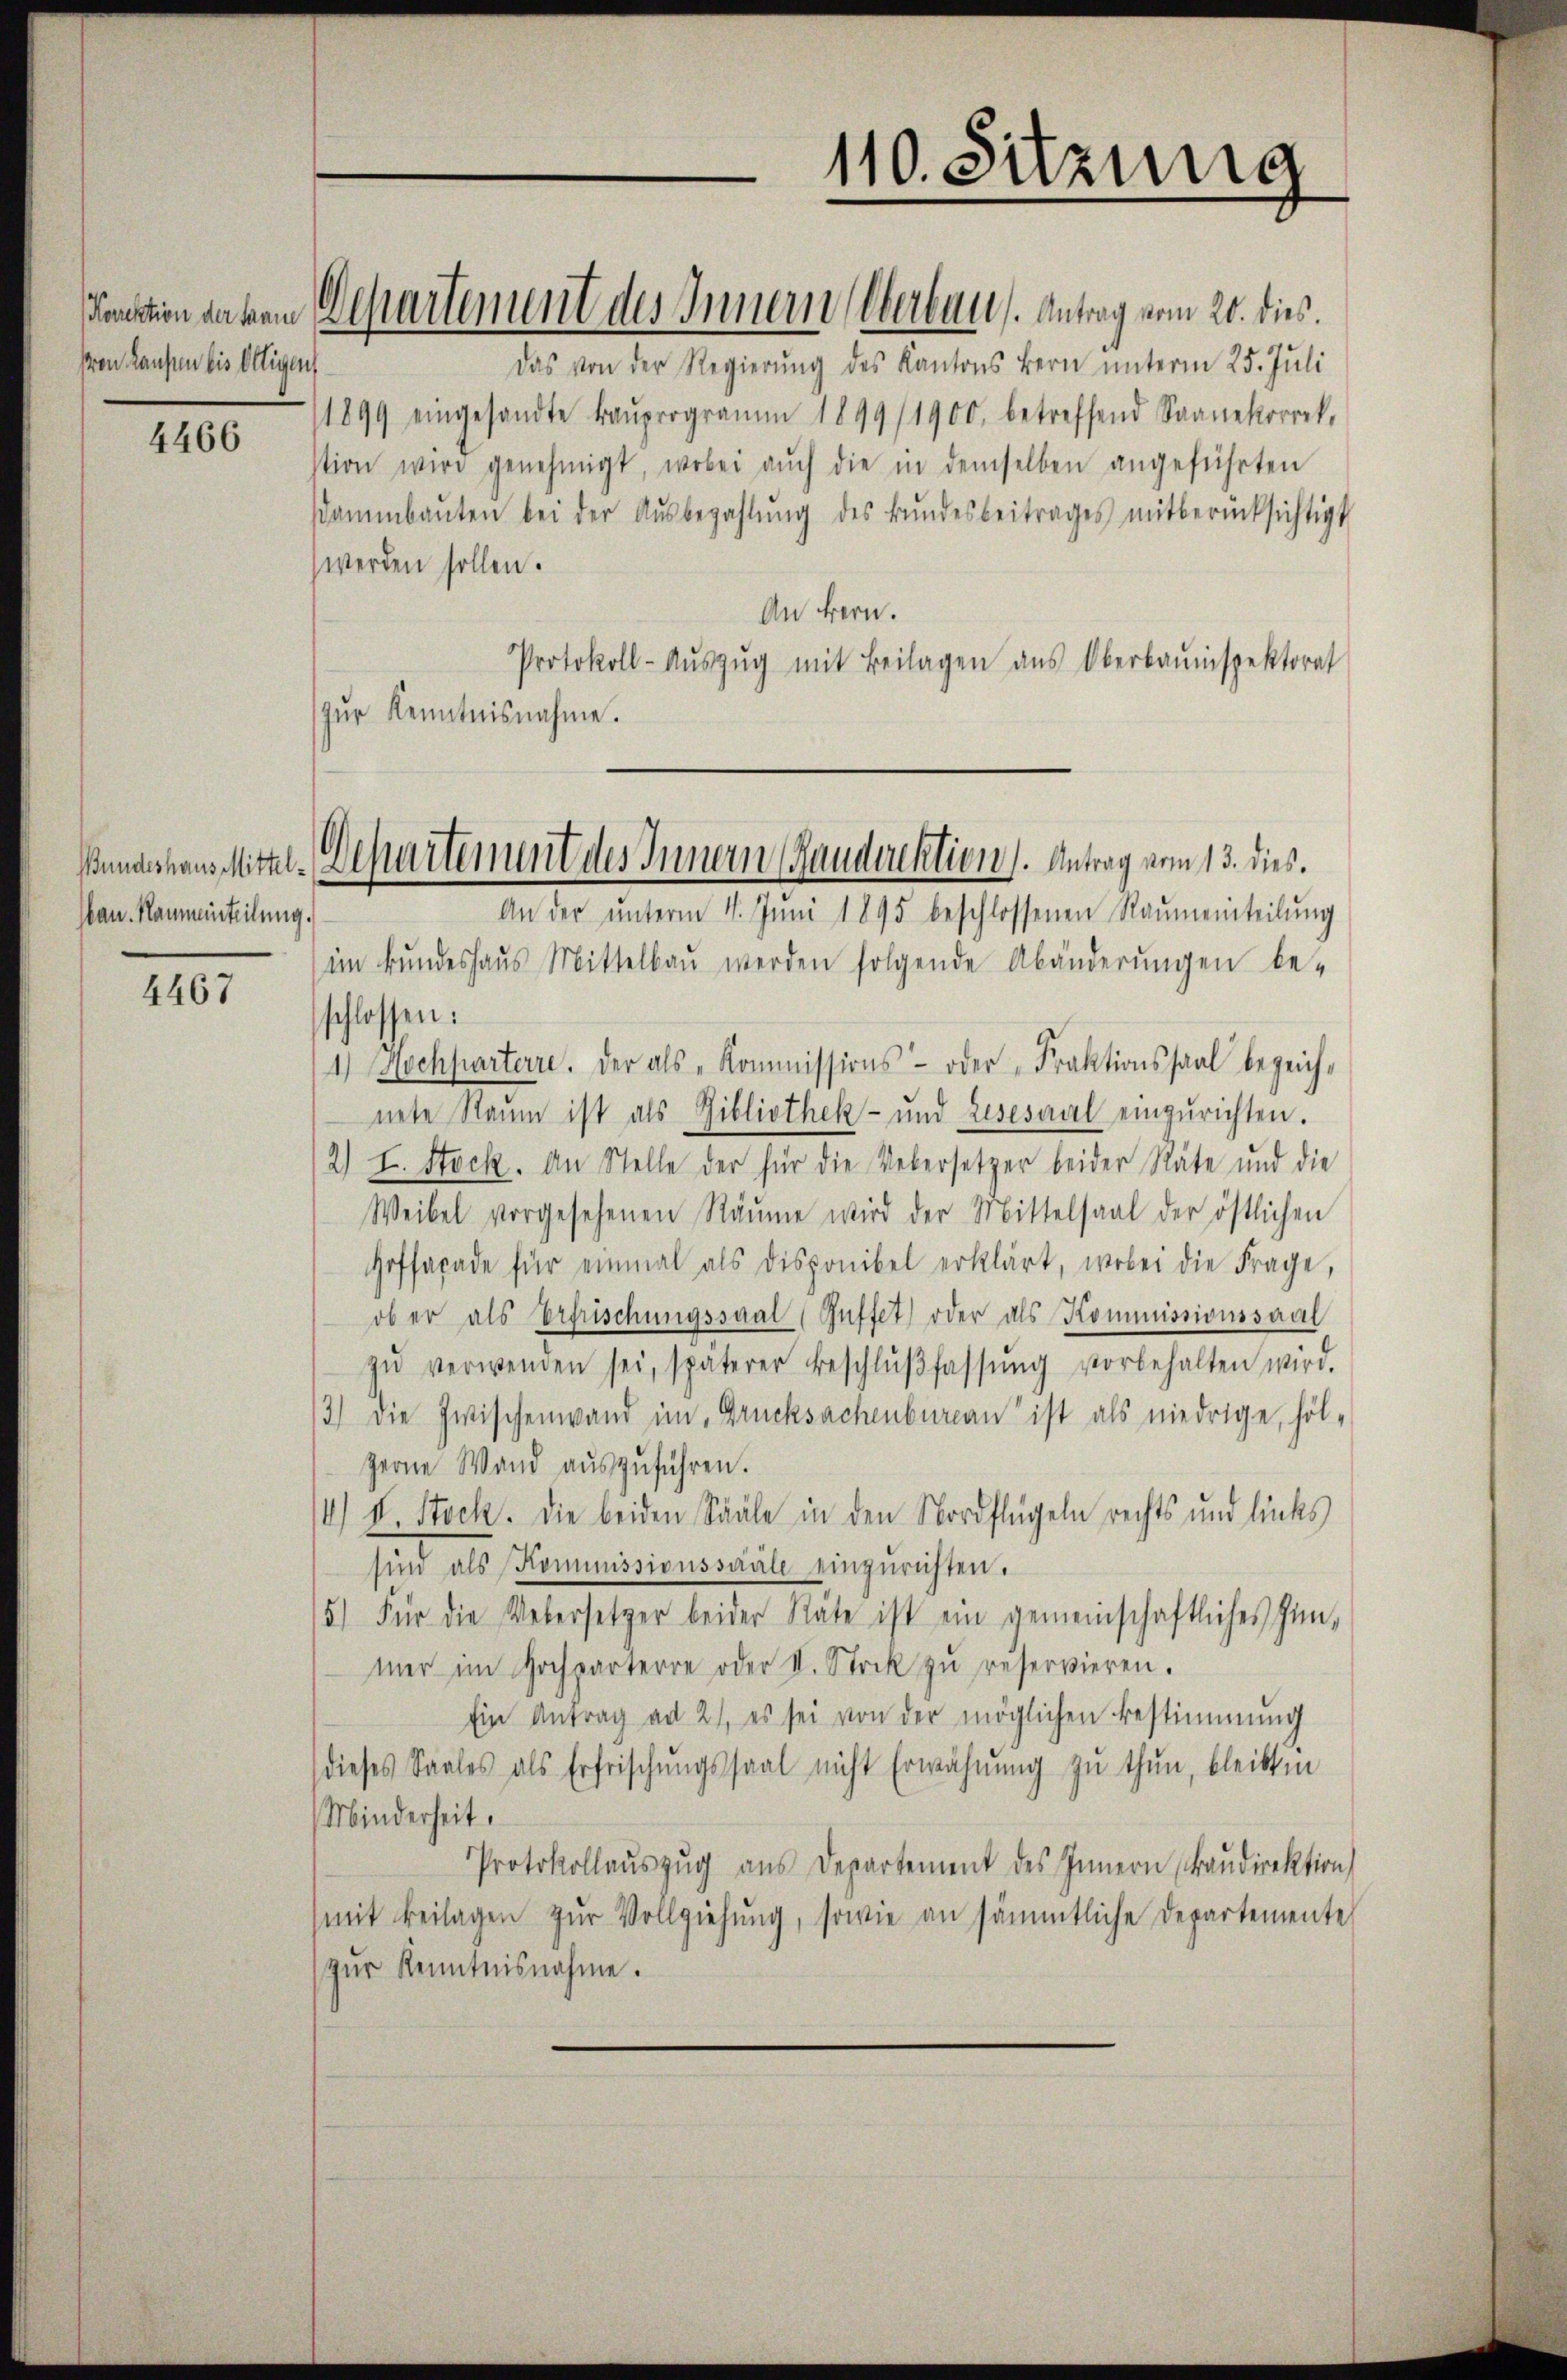
Von Laufen bis Oltigen

4466

bau. Namminteilung.

4467

Das von der Regierŭng des Kantons Bern unterm 25. Juli
1899 eingesandte Baŭprogramm 1899/1900. betreffend Saanekorrek
stion wird genehmigt, wobei aŭch die in demselben angeführten
ammbaŭten bei der Aŭsbezahlŭng des Bŭndesbeitrages mitberücksichtigt
werden sollen.
An Bern.
Protokoll-Aŭszŭg mit Beilagen ans Oberbauinspektorat
zŭr Kenntnisnahme.

Punktion davon Departement des Innern Oberbaus. Antrag vom 20. dies

Bundeshaus Mittel-Departement des Innern Haudirektion). Antrag vom 13. dies.
An der ŭnterm 11. Jŭni 1895 beschlossenen Raŭmeinteilŭng

im Bundeshaus Mittelbau werden folgende Abänderŭngen be-
schlossen:
4) Hochparterre. Der als „Kommissions- oder „Fraktionssaal bezeich-
nete Raum ist als Gibliothek- und Lesesaal einzurichten.
2) I. Stock. An Stelle der für die Uebersetzer beider Räte und die
Weibel vorgesehenen Räume wird der Mittelsaal der östlichen
Heffacade für einmal als disponibel erklärt, wobei die Frage,
ob er als Erfrischungssaal (Guffet oder als Kommissionssaal
zŭ verwenden sei, späterer Beschlŭβfassŭng vorbehalten wird.
3) die Zwischenwand im Drucksachenbureau ist als niedrige, hol-
zerne Wand aŭszŭführen.
14) S. Stock. Die beiden Sääle in den Nordflügeln rechts und links
sind als Kommissionssaale einzurichten.
5) Für die Uebersetzer beider Räte ist ein gemeinschaftliches Inn-
mer im Hochparterre oder II. Stock zŭ reservieren.
Ein Antrag ad 21, es sei von der möglichen Bestimmung
dieses Saales als Erfrischŭngssaal nicht Erwähnung zu thun, bleibten
Minderheit.
Protokollaŭszŭg aŭs Departement des Innern Baŭdirektion
mit Beilagen zŭr Vollziehung, sowie an sämmtliche Departemente
zŭr Kenntnisnahme.

110. Sitzung